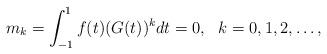
LaTeX: \begin{align*}m_k=\int_{-1}^1f(t)(G(t))^kdt=0,~~k=0,1,2,\ldots,\end{align*}